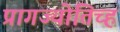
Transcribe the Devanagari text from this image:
प्रागज्योतिच्ह